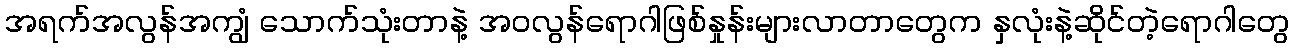
အရက်အလွန်အကျွံ သောက်သုံးတာနဲ့ အဝလွန်ရောဂါဖြစ်နှုန်းများလာတာတွေက နှလုံးနဲ့ဆိုင်တဲ့ရောဂါတွေ